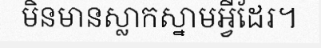
មិនមានស្លាកស្នាមអ្វីដែរ។